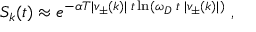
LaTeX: S _ { k } ( t ) \approx e ^ { - \alpha T | v _ { \pm } ( k ) | \; t \ln ( \omega _ { D } \; t \; | v _ { \pm } ( k ) | ) } ~ ,